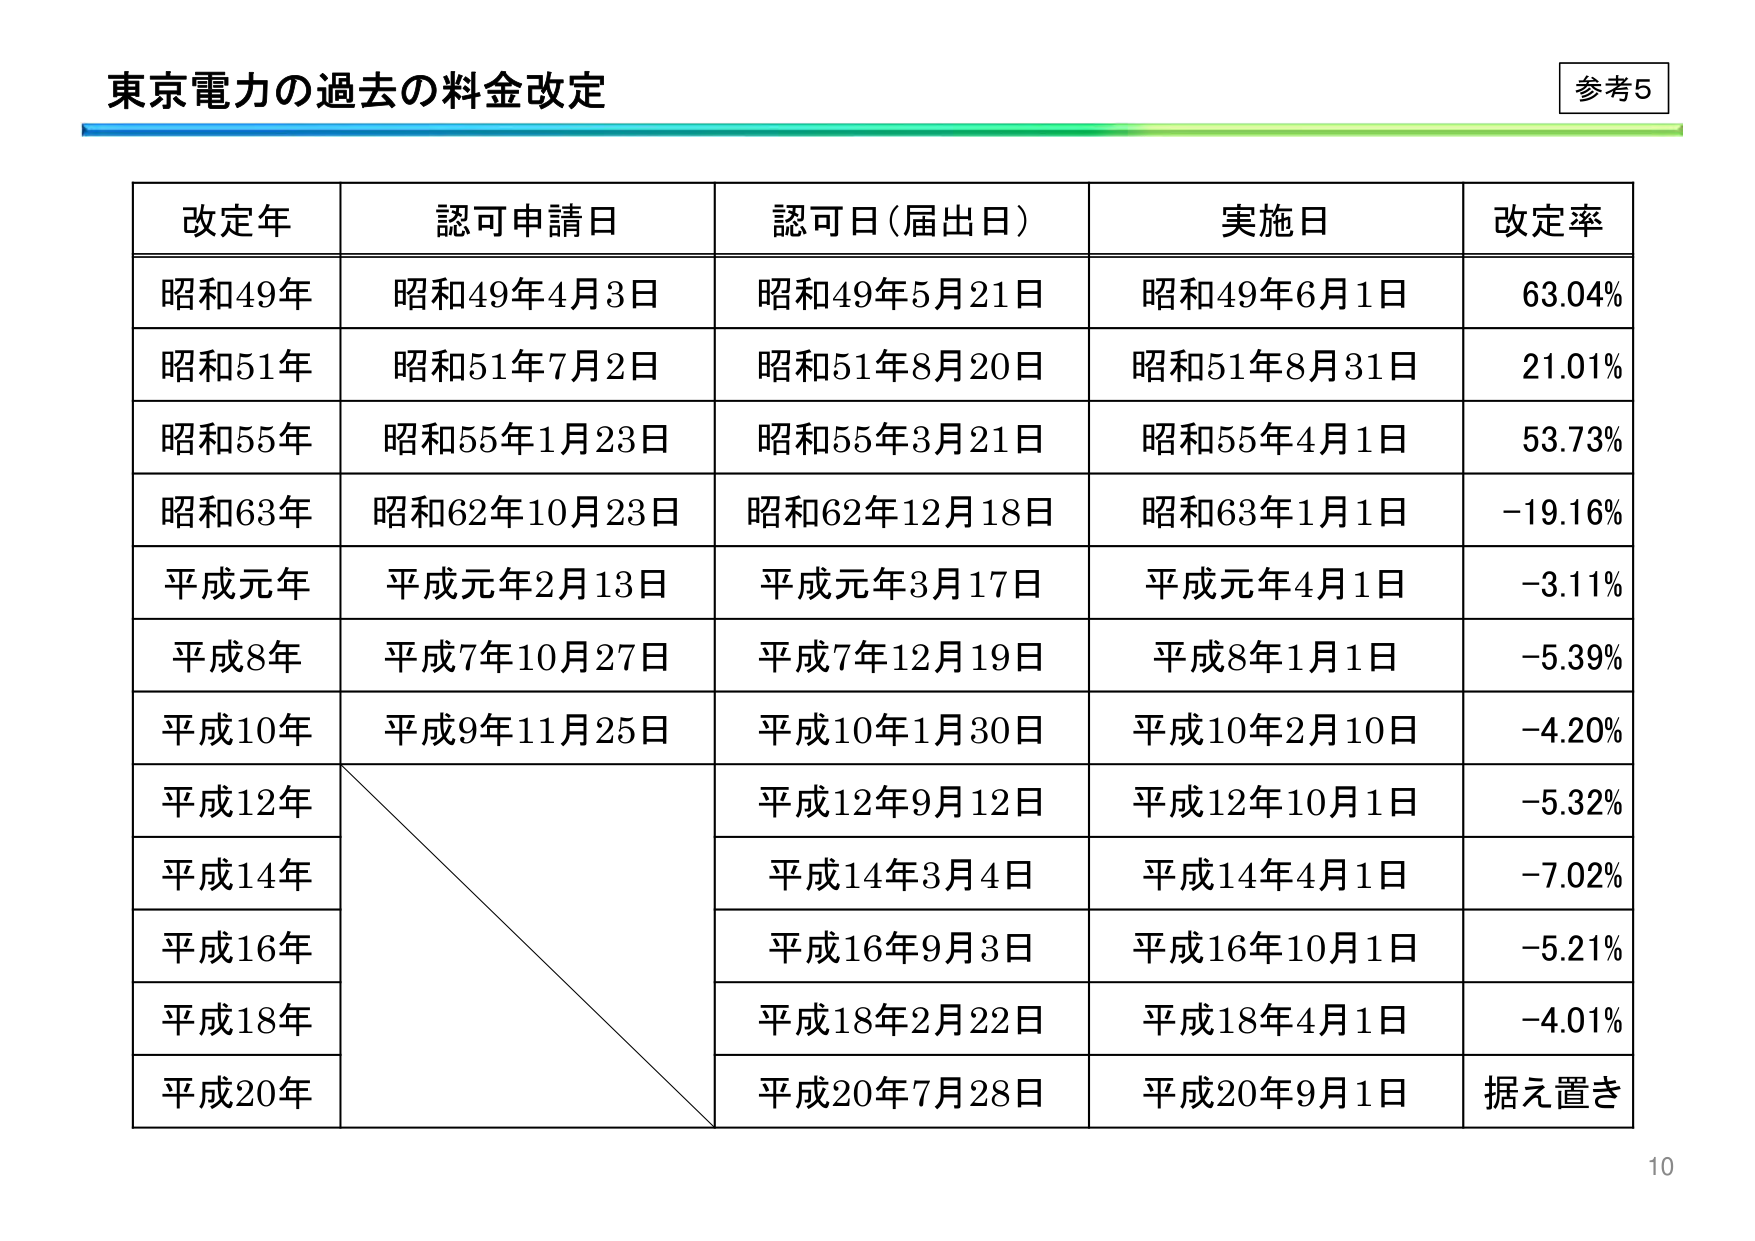
東京電力の過去の料金改定

参考5

改定年	認可申請日	認可日（届出日）	実施日	改定率
昭和49年	昭和49年4月3日	昭和49年5月21日	昭和49年6月1日	63.04%
昭和51年	昭和51年7月2日	昭和51年8月20日	昭和51年8月31日	21.01%
昭和55年	昭和55年1月23日	昭和55年3月21日	昭和55年4月1日	53.73%
昭和63年	昭和62年10月23日	昭和62年12月18日	昭和63年1月1日	-19.16%
平成元年	平成元年2月13日	平成元年3月17日	平成元年4月1日	-3.11%
平成8年	平成7年10月27日	平成7年12月19日	平成8年1月1日	-5.39%
平成10年	平成9年11月25日	平成10年1月30日	平成10年2月10日	-4.20%
平成12年		平成12年9月12日	平成12年10月1日	-5.32%
平成14年		平成14年3月4日	平成14年4月1日	-7.02%
平成16年		平成16年9月3日	平成16年10月1日	-5.21%
平成18年		平成18年2月22日	平成18年4月1日	-4.01%
平成20年		平成20年7月28日	平成20年9月1日	据え置き

10